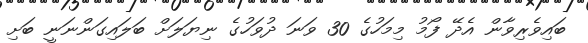
ބައިވެރިވާން އެދޭ ފޯމު މިމަހުގެ 30 ވަނަ ދުވަހުގެ ނިޔަލަށް ބަަލައިގަންނަނީ ބަށި